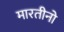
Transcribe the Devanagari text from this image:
मारतीनो